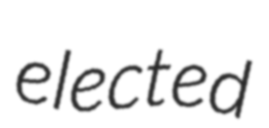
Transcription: elected